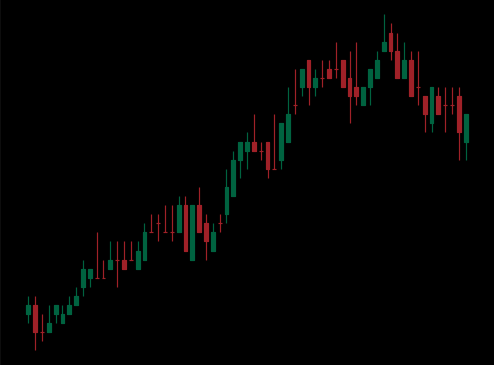
Pattern: bear_flag